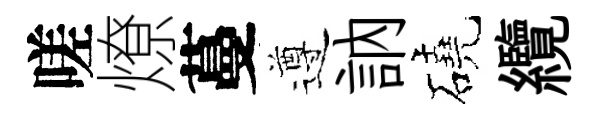
嗟燎蔓遵訥磽纜